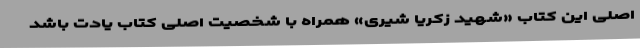
اصلی این کتاب «شهید زکریا شیری» همراه با شخصیت اصلی کتاب یادت باشد